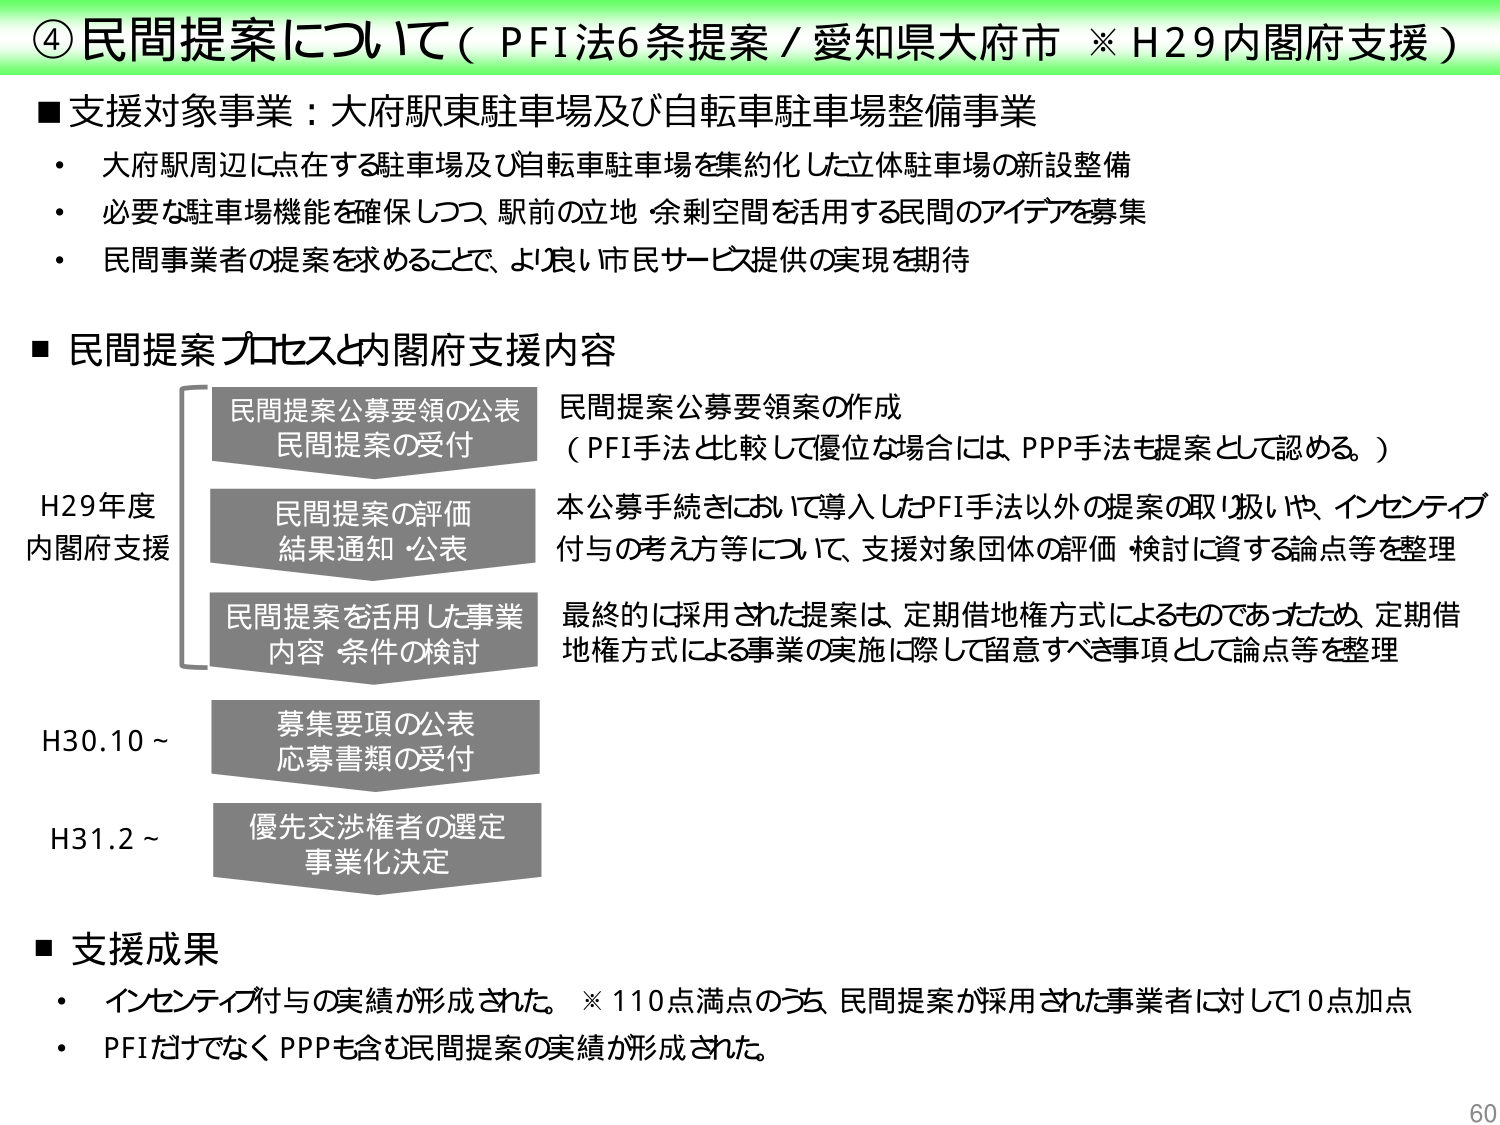
④ 民間提案について（PFI法6条提案 / 愛知県大府市 ※ H29内閣府支援）

■支援対象事業：大府駅東駐車場及び自転車駐車場整備事業
・大府駅周辺に点在する駐車場及び自転車駐車場を集約化した立体駐車場の新設整備
・必要な駐車場機能を確保しつつ、駅前の立地・余剰空間を活用する民間のアイデアを募集
・民間事業者の提案を求めることで、より良い市民サービス提供の実現を期待

■民間提案プロセスと内閣府支援内容

H29年度
内閣府支援
　　民間提案公募要領の公表
　　民間提案の受付
　　　民間提案公募要領案の作成
　　　（PFI手法と比較して優位な場合には、PPP手法も提案として認める。）

　　民間提案の評価
　　結果通知・公表
　　　本公募手続きにおいて導入したPFI手法以外の提案の取り扱いや、インセンティブ
　　　付与の考え方等について、支援対象団体の評価・検討に資する論点等を整理

　　民間提案を活用した事業
　　内容・条件の検討
　　　最終的に採用された提案は、定期借地権方式によるものであったため、定期借
　　　地権方式による事業の実施に際して留意すべき事項として論点等を整理

H30.10～
　　募集要項の公表
　　応募書類の受付

H31.2～
　　優先交渉権者の選定
　　事業化決定

■支援成果
・インセンティブ付与の実績が形成された。※110点満点のうち、民間提案が採用された事業者に対して10点加点
・PFIだけでなくPPPも含む民間提案の実績が形成された。

60